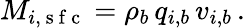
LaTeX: M_{i,\mathrm{~s~f~c~}}=\rho_{b}\, q_{i,b}\, v_{i,b}\, .